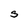
Character: s